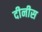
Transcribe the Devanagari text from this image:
दीनीस